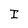
Character: I